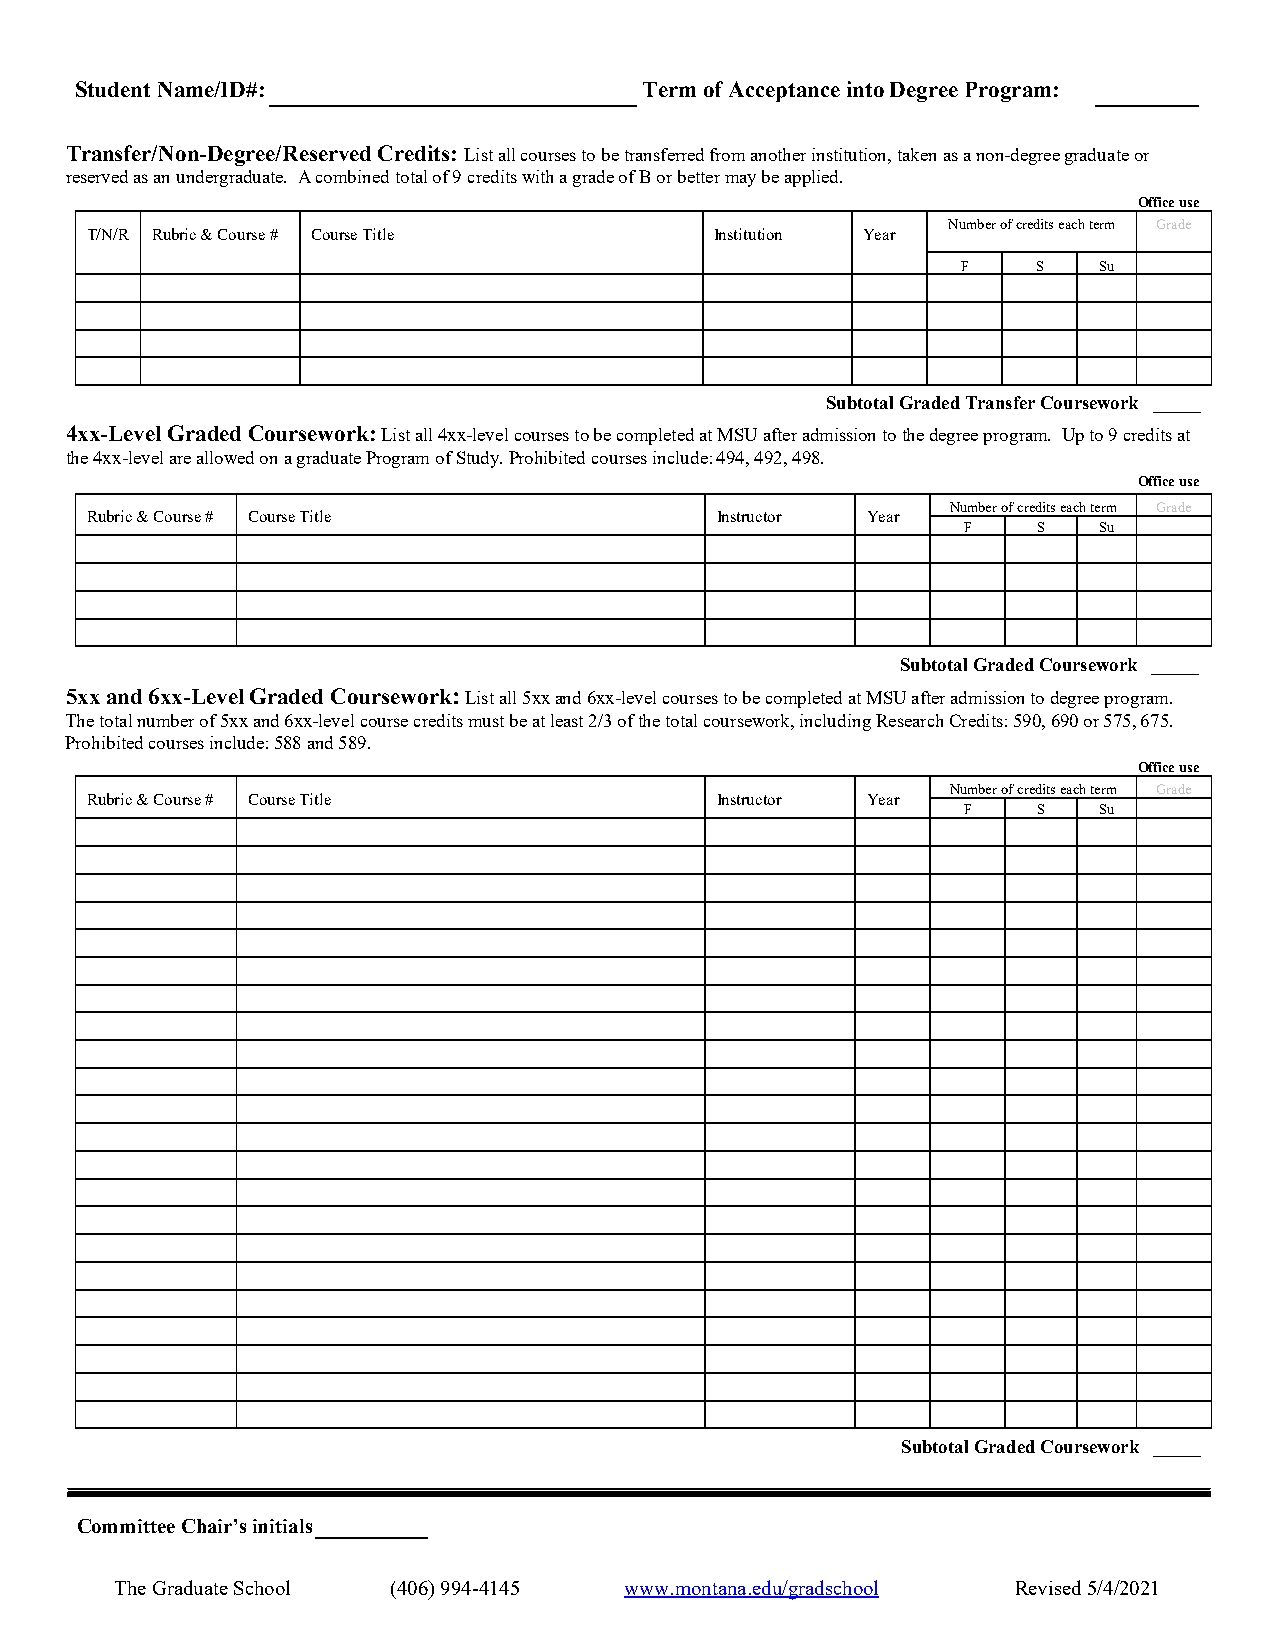
Student Name/ID#:                     Term of Acceptance into Degree Program:
 Transfer/Non-Degree/Reserved Credits: List all courses to be transferred from another institution, taken as a non-degree graduate or
 reserved as an undergraduate. A combined total of 9 credits with a grade of B or better may be applied.
 Office use
 Number of credits each term Grade
 T/N/R Rubric & Course # Course Title     Institution Year
 F    S   Su
 Subtotal Graded Transfer Coursework _____
 4xx-Level Graded Coursework: List all 4xx-level courses to be completed at MSU after admission to the degree program. Up to 9 credits at
 the 4xx-level are allowed on a graduate Program of Study. Prohibited courses include: 494, 492, 498.
 Office use
 Number of credits each term Grade
 Rubric & Course # Course Title           Instructor Year
 F    S   Su
 Subtotal Graded Coursework _____
 5xx and 6xx-Level Graded Coursework: List all 5xx and 6xx-level courses to be completed at MSU after admission to degree program.
 The total number of 5xx and 6xx-level course credits must be at least 2/3 of the total coursework, including Research Credits: 590, 690 or 575, 675.
 Prohibited courses include: 588 and 589.
 Office use
 Number of credits each term Grade
 Rubric & Course # Course Title           Instructor Year
 F    S   Su
 Subtotal Graded Coursework _____
 Committee Chair’s initials
 The Graduate School (406) 994-4145 www.montana.edu/gradschool Revised 5/4/2021